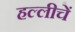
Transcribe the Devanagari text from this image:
हल्लीचें